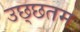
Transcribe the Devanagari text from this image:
उछ्छतम